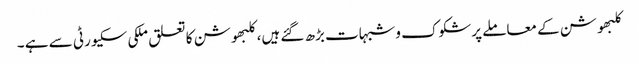
کلبھوشن کے معاملے پرشکوک وشبہات بڑھ گئے ہیں، کلبھوشن کا تعلق ملکی سکیورٹی سے ہے ۔